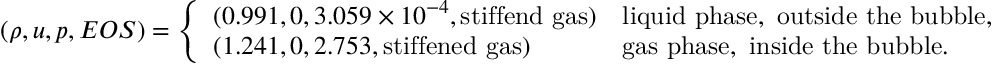
\left( \rho , u , p , E O S \right) = \left\{ \begin{array} { l l } { ( 0 . 9 9 1 , 0 , 3 . 0 5 9 \times 1 0 ^ { - 4 } , \mathrm { s t i f f e n d ~ g a s } ) } & { \mathrm { l i q u i d ~ p h a s e , ~ o u t s i d e ~ t h e ~ b u b b l e , } } \\ { ( 1 . 2 4 1 , 0 , 2 . 7 5 3 , \mathrm { s t i f f e n e d ~ g a s } ) } & { \mathrm { g a s ~ p h a s e , ~ i n s i d e ~ t h e ~ b u b b l e . } } \end{array} \right.